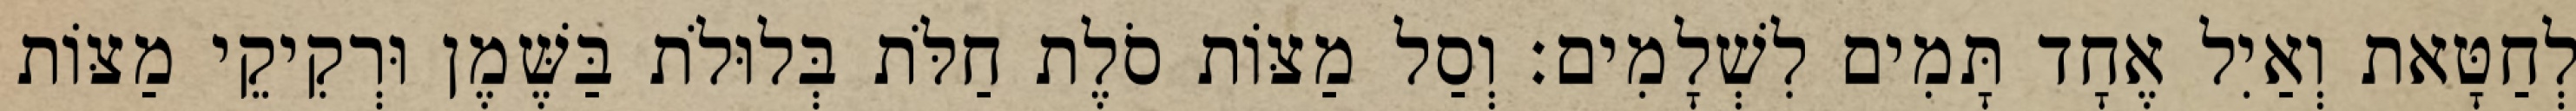
לְחַטָּאת וְאַיִל אֶחָד תָּמִים לִשְׁלָמִים׃ וְסַל מַצּוֹת סֹלֶת חַלֹּת בְּלוּלֹת בַּשֶּׁמֶן וּרְקִיקֵי מַצּוֹת